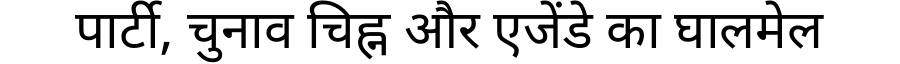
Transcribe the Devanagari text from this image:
पार्टी, चुनाव चिह्न और एजेंडे का घालमेल